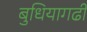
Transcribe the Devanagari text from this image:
बुधियागढी